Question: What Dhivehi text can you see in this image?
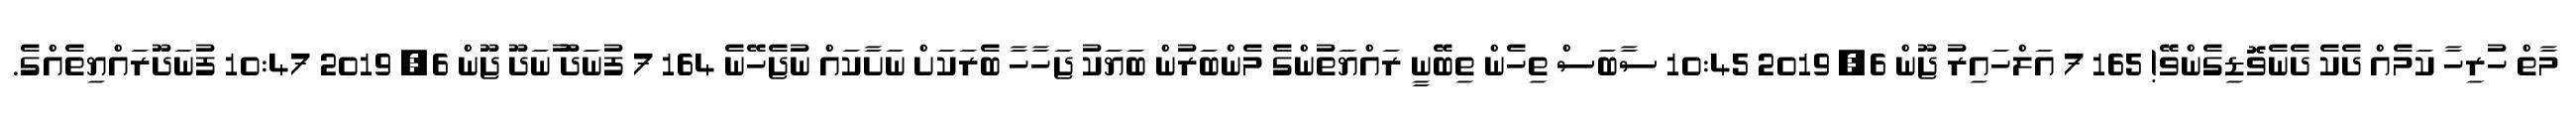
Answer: މާތް ހުރިހާ ކަމެއް ދެކެ ދެނެވޮޑިގެންވޭ! 165 7 އަލްހައިރު ޖޫން 6, 2019 10:45 ސާބަސް ތިހެން ތިބޭނީ ރައްޔަތުންގެ މެންބަރުން ބަޔަކު ޖަހާހާ ބެރަކަށް ނަށާކައް ނުޖެހޭނެ 164 7 ފުނަދޫ ުނަދޫ ޖޫން 6, 2019 10:47 ފުނަދޫރައްޔިތެއްގެ.